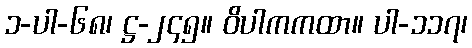
၁-ပါ-၆၈၊ ဋ္ဌ-၂၄၅။ ဝိပါကကထာ။ ပါ-၁၁၇၊